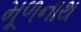
મૂળનાથ